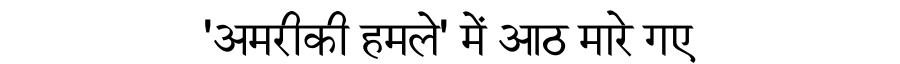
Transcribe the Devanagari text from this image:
'अमरीकी हमले' में आठ मारे गए